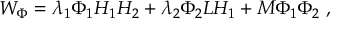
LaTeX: W _ { \Phi } = \lambda _ { 1 } \Phi _ { 1 } H _ { 1 } H _ { 2 } + \lambda _ { 2 } \Phi _ { 2 } L H _ { 1 } + M \Phi _ { 1 } \Phi _ { 2 } \ ,